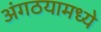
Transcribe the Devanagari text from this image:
अंगठयामध्ये